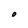
Character: O